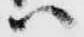
ハ